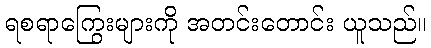
ရစရာကြွေးများကို အတင်းတောင်း ယူသည်။